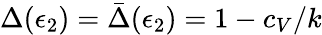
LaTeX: \Delta(\epsilon_{2})=\bar{\Delta}(\epsilon_{2})=1-c_{V}/k